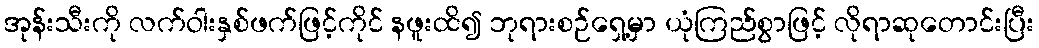
အုန်းသီးကို လက်ဝါးနှစ်ဖက်ဖြင့်ကိုင် နဖူးထိ၍ ဘုရားစဉ်ရှေ့မှာ ယုံကြည်စွာဖြင့် လိုရာဆုတောင်းပြီး